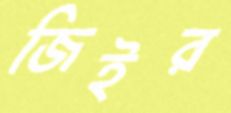
জিইর